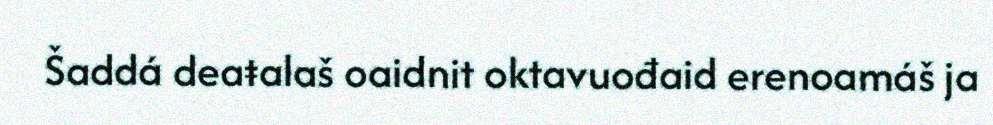
Šaddá deaŧalaš oaidnit oktavuođaid erenoamáš ja